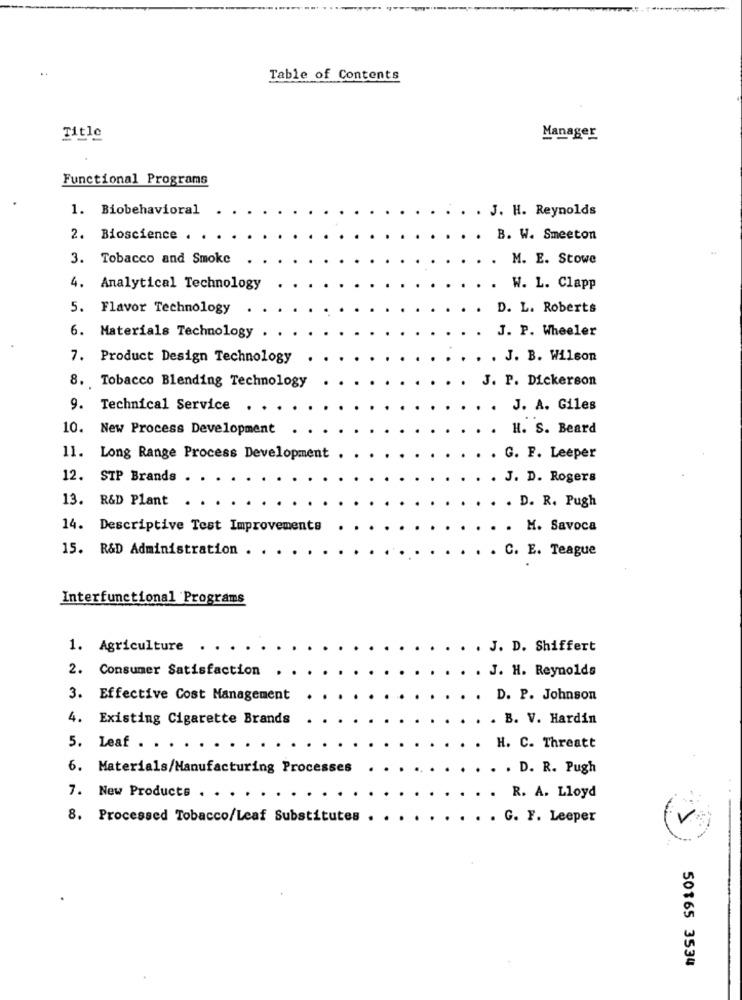
..
Table of Contents
Title
Manager
Functional Programs
1. Biobehavioral
. J. H. Reynolds
2. Bioscience .
. B. W. Smeeton
3. Tobacco and Smoke
.
M. E. Stowe
4. Analytical Technology
.
W. L. Clapp
5. Flavor Technology
D. L. Roberts
J. P. Wheeler
6. Materials Technology .
7. Product Design Technology
J. B. Wilson
8. Tobacco Blending Technology
. J. P. Dickerson
9. Technical Service
. J. A. Giles
10. New Process Development
H. S. Beard
11. Long Range Process Development
. G. F. Leeper
12. STP Brands .
J. D. Rogers
13. R&D Plant
D. R. Pugh
14. Descriptive Test Improvements
. M. Savoca
15. R&D Administration . .
C. E. Teague
Interfunctional Programs
1. Agriculture
. . . J. D. Shiffert
2. Consumer Satisfaction
. . J. H. Reynolds
3. Effective Cost Management
.
D. P. Johnson
4. Existing Cigarette Brands
. B. V. Hardin
5. Leaf . . . ..
. H. C. Threatt
6. Materials/Manufacturing Processes
. . D. R. Pugh
7. New Products . .
R. A. Lloyd
8. Processed Tobacco/Leaf Substitutes
. G. F. Leeper
50165 3534